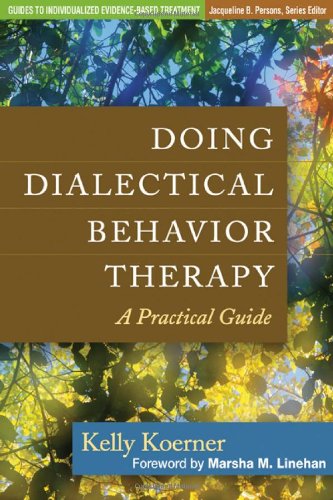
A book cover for Doing Dialectical Behavior Therapy: A Practical Guide (Guides to Individualized Evidence-Based Treatment); Kelly Koerner; Medical Books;